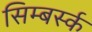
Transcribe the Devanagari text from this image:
सिम्बर्स्क